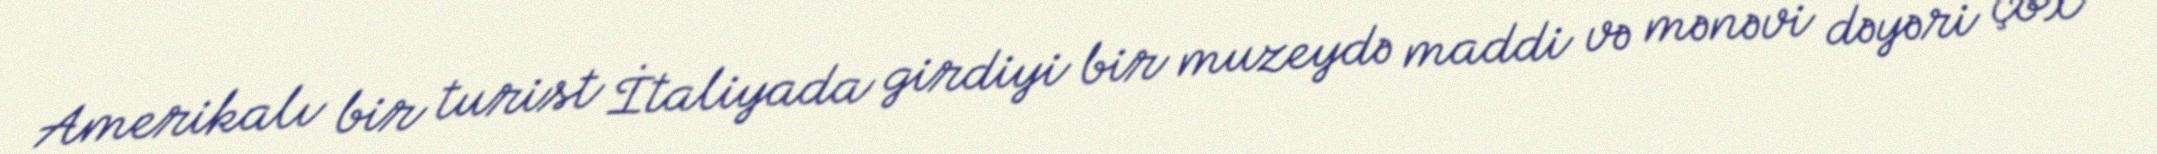
Amerikalı bir turist İtaliyada girdiyi bir muzeydə maddi və mənəvi dəyəri çox